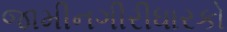
જામીનગીરીધારકો